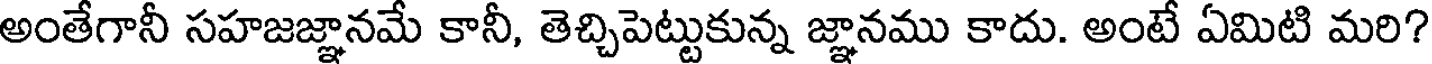
అంతేగానీ సహజజ్ఞానమే కానీ, తెచ్చిపెట్టుకున్న జ్ఞానము కాదు. అంటే ఏమిటి మరి?